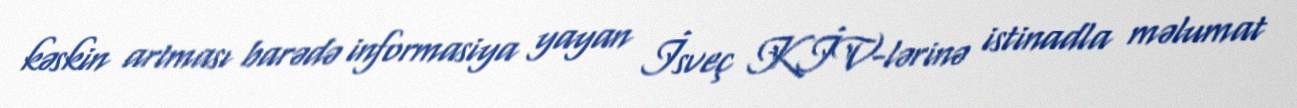
kəskin artması barədə informasiya yayan İsveç KİV-lərinə istinadla məlumat